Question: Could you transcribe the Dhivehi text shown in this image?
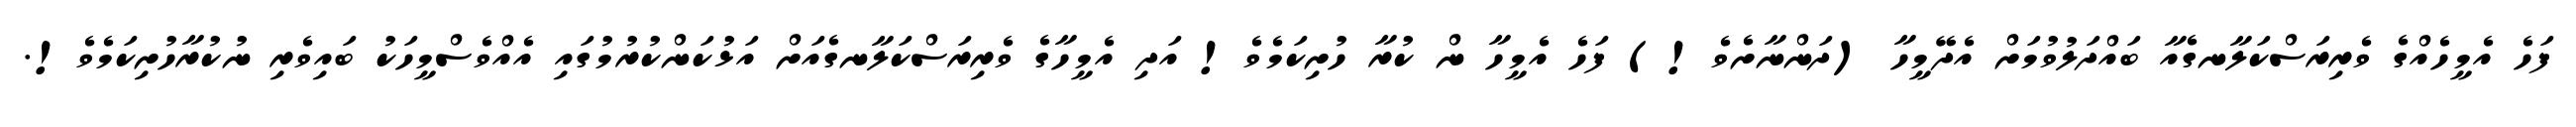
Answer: ފަހެ އެމީހެއްގެ ވެރިރަސްކަލާނގެއާ ބައްދަލުވުމަށް އެދޭމީހާ (ދަންނާށެވެ!) ފަހެ އެމީހާ ން ކުރާ ހުށިކަމެވެ! އަދި އެމީހާގެ ވެރިރަސްކަލާނގެއަށް އަޅުކަންކުރުމުގައި އެއްވެސްމީހަކު ބައިވެރި ނުކުރާހުށިކަމެވެ!.